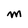
Character: M